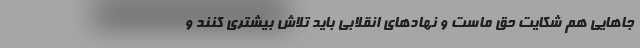
جاهایی هم شکایت حق ماست و نهادهای انقلابی باید تلاش بیشتری کنند و